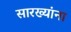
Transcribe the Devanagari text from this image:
सारख्यांना